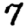
Digit: 7